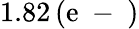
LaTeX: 1.82\, (\mathrm{e}\mathrm{{~-~}})